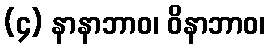
(၄) နာနာဘာဝ၊ ဝိနာဘာဝ၊